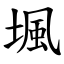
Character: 堸